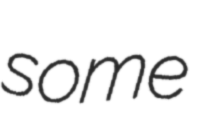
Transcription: some